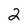
Character: 2